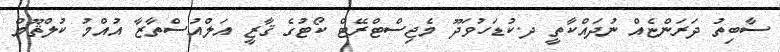
ސާބިތު ދަރަންޏެއް ނުދައްކާތީ ދ.ކުޑަހުވަދޫ މެޖިސްޓްރޭޓް ކޯޓުގެ ޤާޒީ އަލްއުސްތާޒާ އުއްމު ކުލްޘޫމް